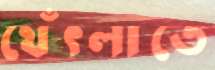
থেঁৎলাতে